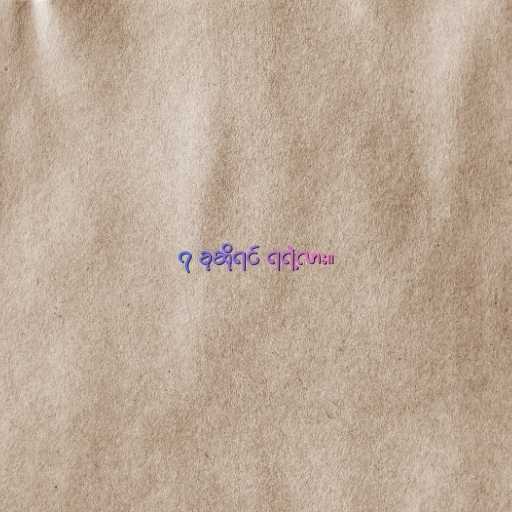
၇ ခုဆိုရင် ရရဲ့လား။